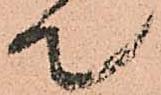
て